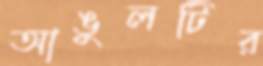
আঙুলটির